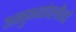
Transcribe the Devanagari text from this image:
अनुभवांपलीकडे